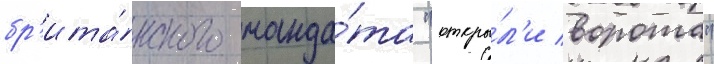
бр'ита́нского манда́та "откры́л'и ворота"